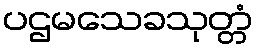
ပဌမသေခသုတ္တံ